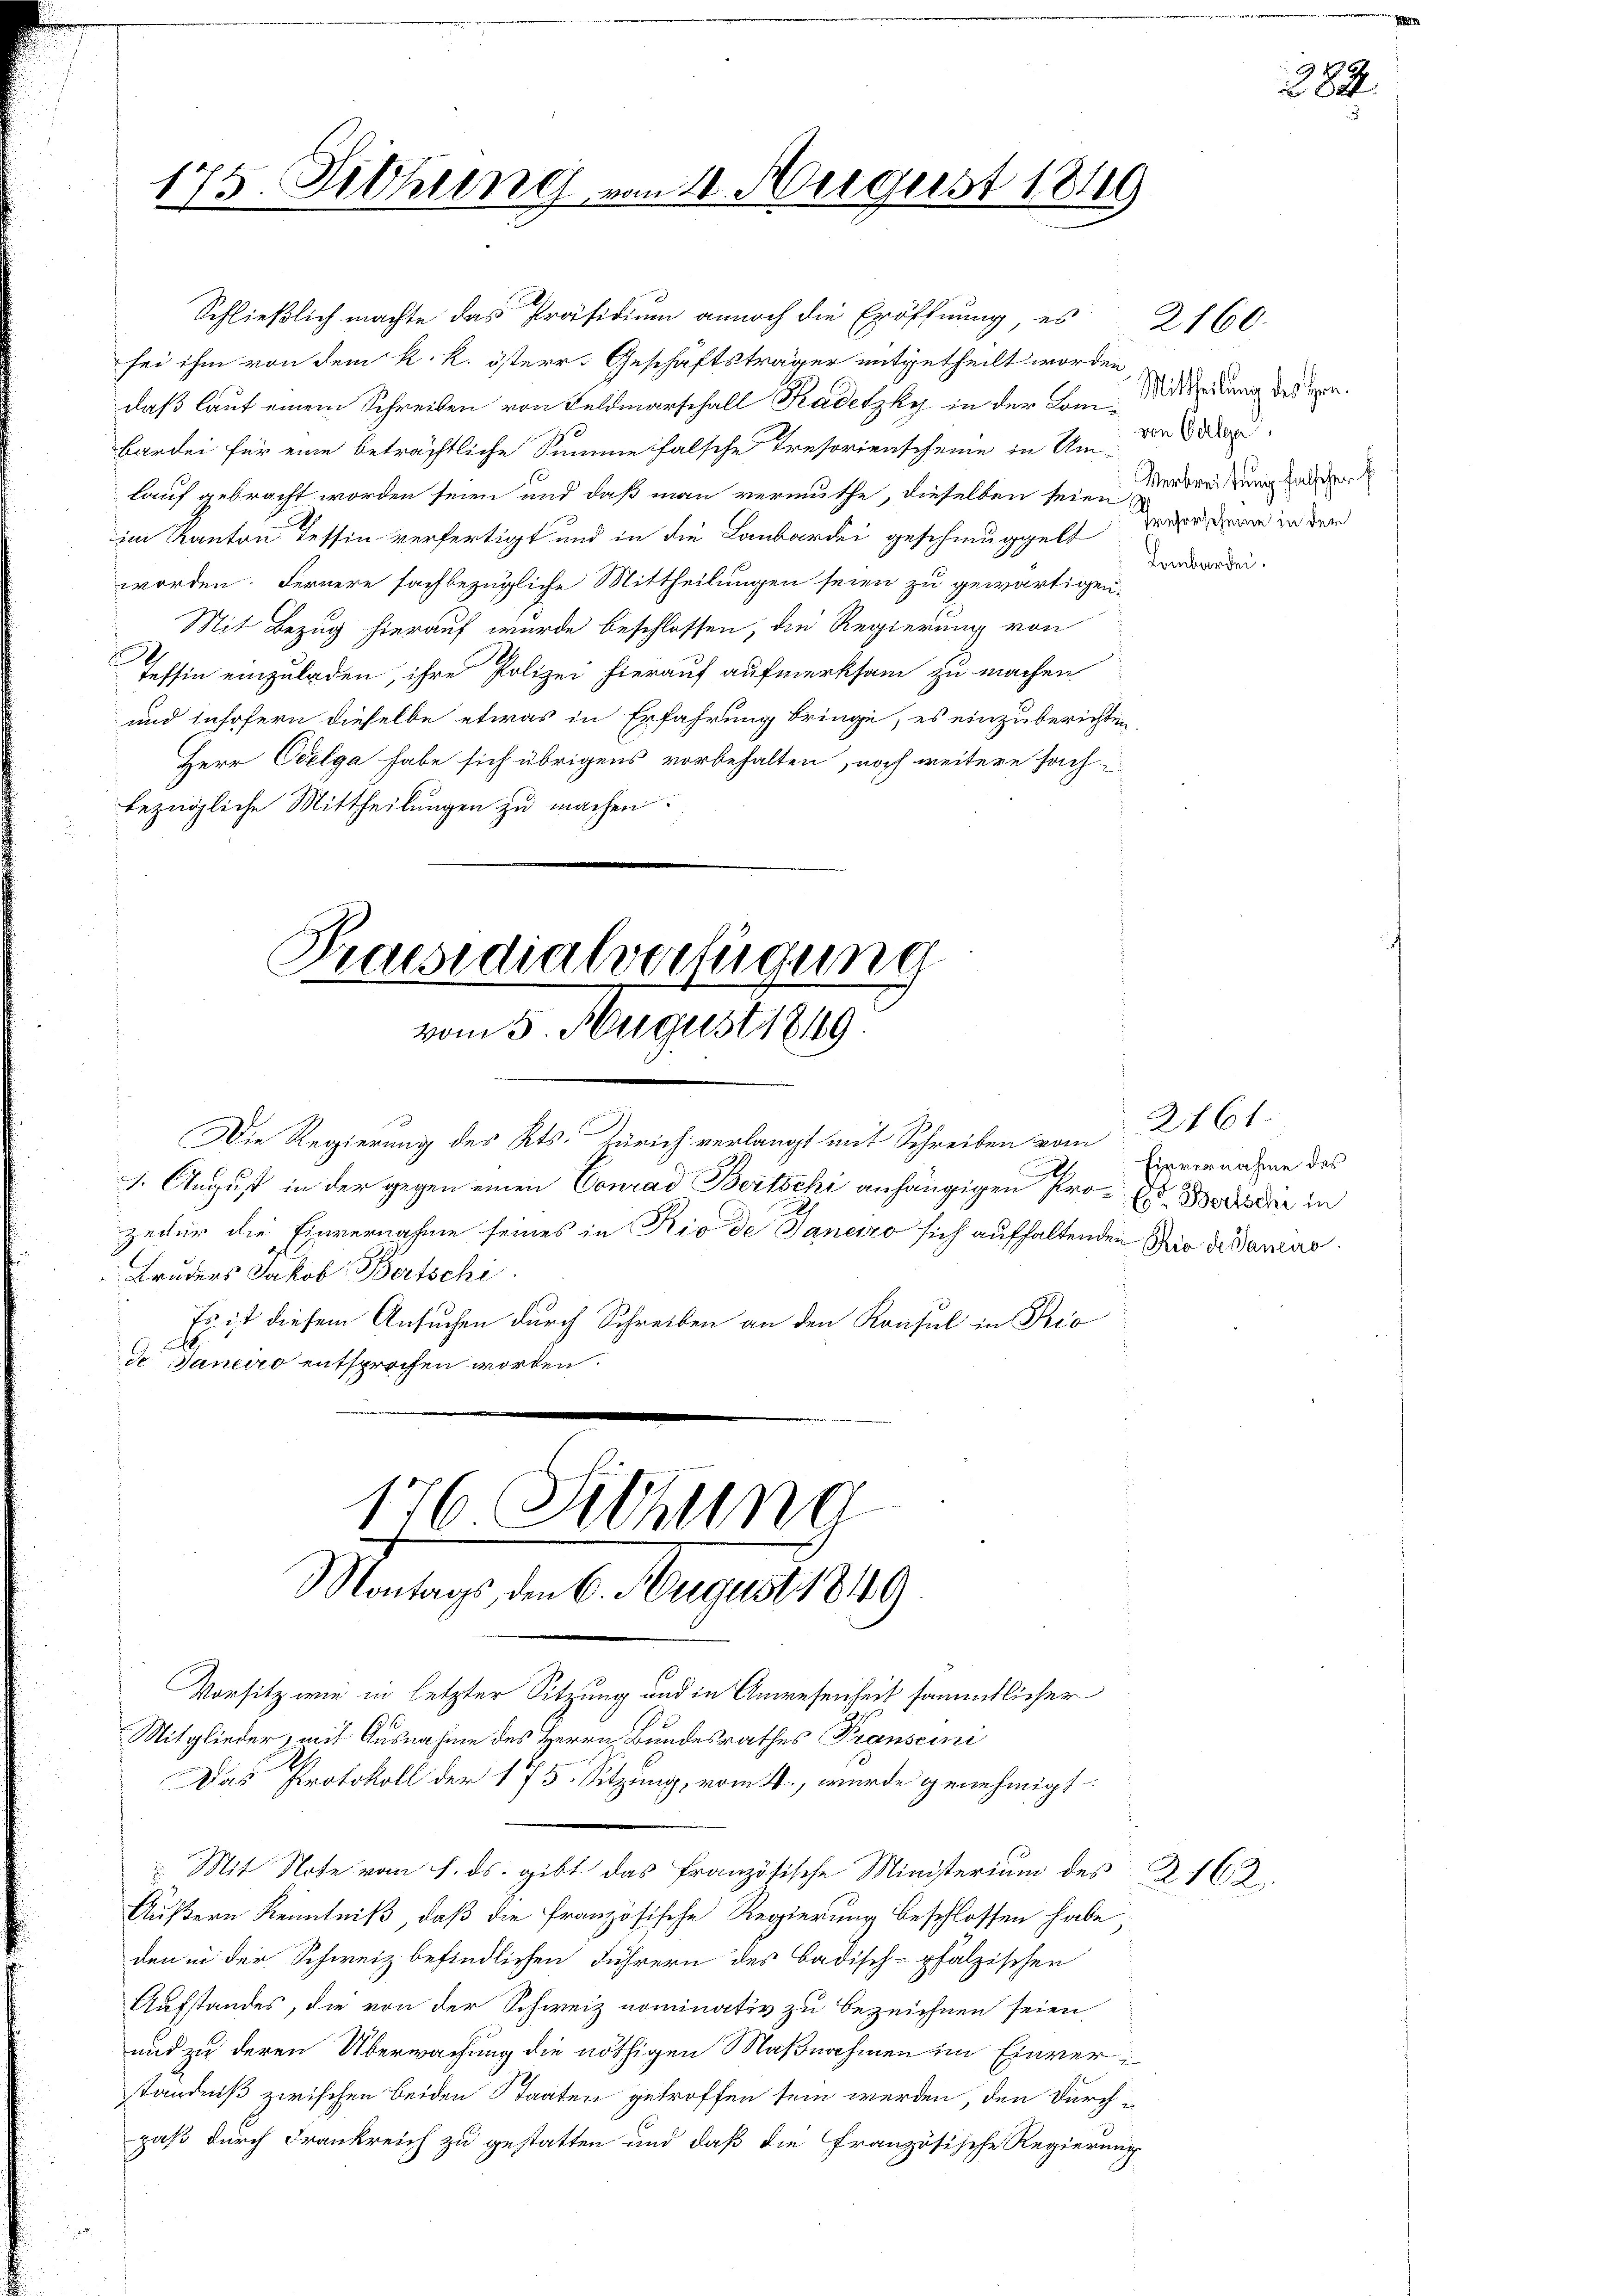
Schließlich machte das Präsidium annoch die Eröffnung, es
sei ihm von dem k. k. österr. Geschäftsträger mitgetheilt worden,
daß laut einem Schreiben von Feldmarschall Kadetzky in der Bei Mittheidung des Hrn.
Bardei für eine beträchtliche Summe falsche Treforienscheine in Um-
lauf gebracht worden seien und daß man vermuthe, dieselben seien zur dreitung hander
im Kanton Tessin verfertigt und in die Laubardei geschmuggelt
worden. Fernere sachbezügliche Mittheilungen seien zu gewärtigen.
Mit Bezug hierauf wurde beschlossen, die Regierung von
Tessin einzuladen, ihre Polizei hierauf aufmerksam zu machen
und insofern dieselbe etwas in Erfahrung bringe, es einzuberichten.
Herr Oelga habe sich übrigens vorbehalten, noch weitere sach
bezügliche Mittheilungen zu machen.
Praesidialverfügung

vom 5. August 1849.

Die Regierung des Kts. Zürich verlangt mit Schreiben vom 21. 61.
1. August in der gegen einen Conrad Bertschi anhängigen Pro Er Wort der in
zeiter die Einvernahme seines in Rio de Janeiro sich aufhalten
Bruders Jakob Bertschi
Es ist diesem Ansuchen durch Schreiben an den Konsul in Pio
A
de. Janeiro entsprochen worden.

176 Sitzung
Montags, den 6. August 1849.

175. Sitzung von 10. August 1819

Mitglieder, mit Ausnahme des Herrn Bundesrathes Pranscini
Das Protokoll der 175. Sitzung vom 4., wurde genehmigt.

von Odelga
Prehorscheine in der
Lombarden.

Vorsitz wie in letzter Sitzung und in Anwesenheit sämmtlicher
Mit Note vom 1. ds. gibt das französische Ministerium des Z. 162
Äußern Kenntniß, daß die französische Regierung beschlossen habe,
den in der Schweiz befindlichen Führern des Badisch-pfalzischen
Aufstandes, die von der Schweiz nominativ zu bezeichnen seien
und zu deren Überwachung die nöthigen Maßnahmen im Einverständniß zwischen beiden Staaten getroffen sein werden, den Durchpaß durch Frankreich zu gestatten und daß die Französische Regierung

Einvernahme des
den Rio de Mancire

2160.

x
284